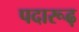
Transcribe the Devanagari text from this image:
पदारूढ़